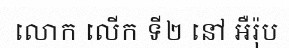
លោក លើក ទី២ នៅ អឺរ៉ុប